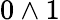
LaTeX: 0\wedge 1